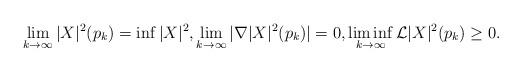
LaTeX: \begin{align*}\lim_{k\rightarrow\infty} |X|^2(p_k)=\inf |X|^2,\lim_{k\rightarrow\infty} |\nabla |X|^2(p_k)|=0,\liminf_{k\rightarrow\infty}\mathcal{L} |X|^2(p_k)\geq 0.\end{align*}